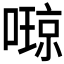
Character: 𫫩